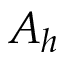
A _ { h }